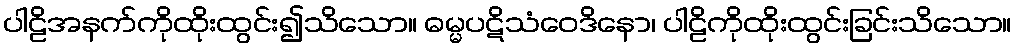
ပါဠိအနက်ကိုထိုးထွင်း၍သိသော။ ဓမ္မပဋိသံဝေဒိနော၊ ပါဠိကိုထိုးထွင်းခြင်းသိသော။